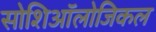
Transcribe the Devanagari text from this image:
सोशिऑलोजिकल